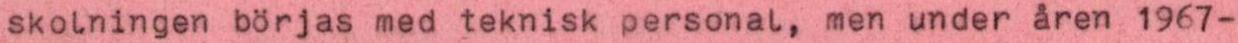
skolningen börjas med teknisk personal, men under åren 1967-